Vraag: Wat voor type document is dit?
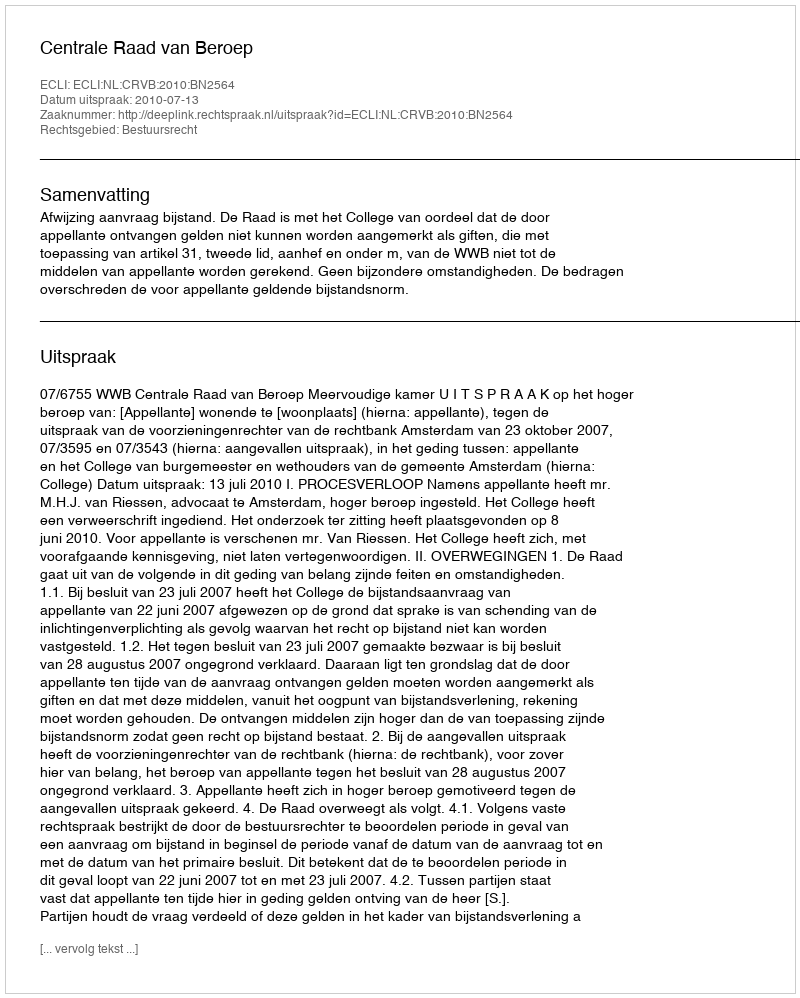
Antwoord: Uitspraak